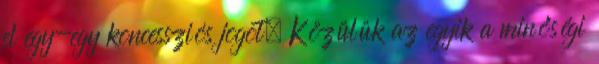
el egy-egy koncessziós jogot. Közülük az egyik a minőségi